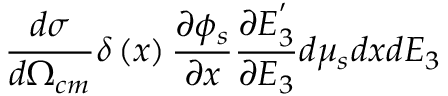
\frac { d \sigma } { d \Omega _ { c m } } \delta \left( x \right) \frac { \partial \phi _ { s } } { \partial x } \frac { \partial E _ { 3 } ^ { ' } } { \partial E _ { 3 } } d \mu _ { s } d x d E _ { 3 }